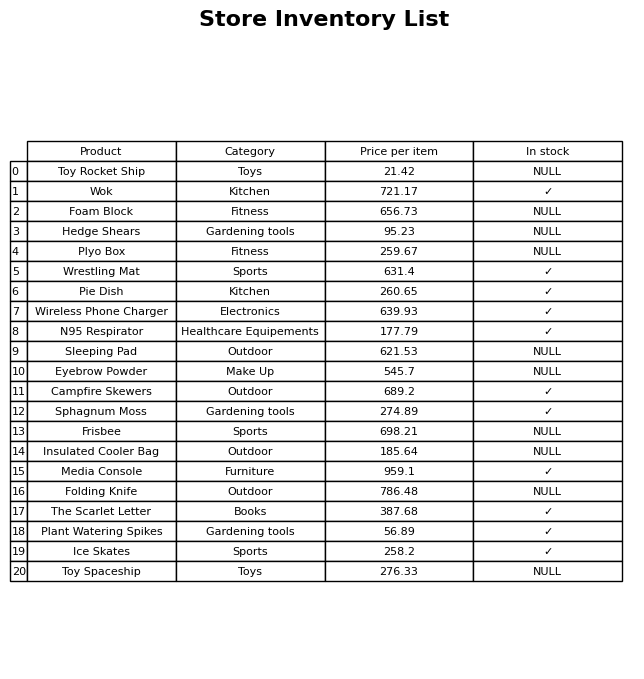
question: What is the price of the Plant Watering Spikes?
answer: The price of Plant Watering Spikes is 56.89.